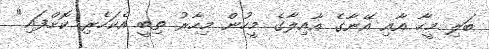
ބަލި މީހާ އާއި އޭނާގެ އާއިލާގެ މީހުން މިހާރު ތިބީ އެކަހެރި ކޮށްފައި"